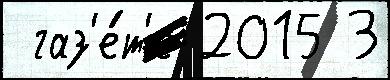
 газ'е́т'е 2015 3